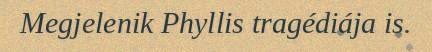
Megjelenik Phyllis tragédiája is.